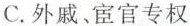
C.外戚、宦官专权